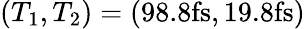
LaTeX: (T_{1},T_{2})=(98.8\mathrm{fs},19.8\mathrm{fs})